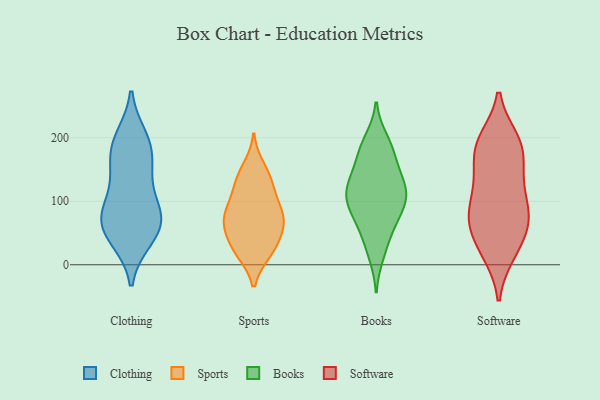
{"axis": {"x": "Budget (USD K)", "y": "Value"}, "legend": ["Books", "Clothing", "Software", "Sports"], "data": [{"x": "", "y": 75, "type": "Clothing"}, {"x": "", "y": 191, "type": "Clothing"}, {"x": "", "y": 191, "type": "Clothing"}, {"x": "", "y": 81, "type": "Clothing"}, {"x": "", "y": 141, "type": "Clothing"}, {"x": "", "y": 45, "type": "Clothing"}, {"x": "", "y": 166, "type": "Clothing"}, {"x": "", "y": 40, "type": "Clothing"}, {"x": "", "y": 48, "type": "Clothing"}, {"x": "", "y": 144, "type": "Clothing"}, {"x": "", "y": 200, "type": "Clothing"}, {"x": "", "y": 70, "type": "Clothing"}, {"x": "", "y": 83, "type": "Clothing"}, {"x": "", "y": 91, "type": "Clothing"}, {"x": "", "y": 19, "type": "Sports"}, {"x": "", "y": 81, "type": "Sports"}, {"x": "", "y": 21, "type": "Sports"}, {"x": "", "y": 132, "type": "Sports"}, {"x": "", "y": 140, "type": "Sports"}, {"x": "", "y": 19, "type": "Sports"}, {"x": "", "y": 74, "type": "Sports"}, {"x": "", "y": 119, "type": "Sports"}, {"x": "", "y": 66, "type": "Sports"}, {"x": "", "y": 154, "type": "Sports"}, {"x": "", "y": 106, "type": "Sports"}, {"x": "", "y": 53, "type": "Sports"}, {"x": "", "y": 89, "type": "Sports"}, {"x": "", "y": 38, "type": "Sports"}, {"x": "", "y": 58, "type": "Sports"}, {"x": "", "y": 75, "type": "Sports"}, {"x": "", "y": 177, "type": "Books"}, {"x": "", "y": 83, "type": "Books"}, {"x": "", "y": 119, "type": "Books"}, {"x": "", "y": 77, "type": "Books"}, {"x": "", "y": 108, "type": "Books"}, {"x": "", "y": 104, "type": "Books"}, {"x": "", "y": 16, "type": "Books"}, {"x": "", "y": 149, "type": "Books"}, {"x": "", "y": 112, "type": "Books"}, {"x": "", "y": 101, "type": "Books"}, {"x": "", "y": 187, "type": "Books"}, {"x": "", "y": 196, "type": "Books"}, {"x": "", "y": 30, "type": "Books"}, {"x": "", "y": 68, "type": "Books"}, {"x": "", "y": 118, "type": "Books"}, {"x": "", "y": 178, "type": "Books"}, {"x": "", "y": 133, "type": "Books"}, {"x": "", "y": 140, "type": "Books"}, {"x": "", "y": 57, "type": "Books"}, {"x": "", "y": 189, "type": "Software"}, {"x": "", "y": 91, "type": "Software"}, {"x": "", "y": 134, "type": "Software"}, {"x": "", "y": 19, "type": "Software"}, {"x": "", "y": 180, "type": "Software"}, {"x": "", "y": 66, "type": "Software"}, {"x": "", "y": 65, "type": "Software"}, {"x": "", "y": 71, "type": "Software"}, {"x": "", "y": 30, "type": "Software"}, {"x": "", "y": 64, "type": "Software"}, {"x": "", "y": 137, "type": "Software"}, {"x": "", "y": 85, "type": "Software"}, {"x": "", "y": 197, "type": "Software"}, {"x": "", "y": 186, "type": "Software"}, {"x": "", "y": 18, "type": "Software"}, {"x": "", "y": 195, "type": "Software"}, {"x": "", "y": 147, "type": "Software"}, {"x": "", "y": 102, "type": "Software"}]}